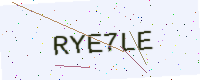
Text: RYE7LE